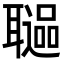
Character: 𦗻